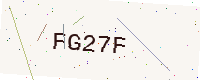
Text: FG27F